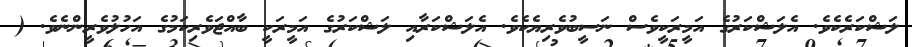
ލަޝްކަރެކެވެ. އެލަޝްކަރުގެ އަމީރަކީވެސް ނަސީބުވެރިޔެކެވެ. އެލަޝްކަރާއި ލަޝްކަރުގެ އަމީރަކީ ބާއްޖަވެރިކަމުގެ އަހުލުވެރީންނެވެ. (